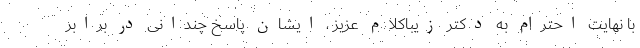
با نهایت احترام به دکتر زیبا‌کلام عزیز ، ایشان پاسخ چندانی در برابر